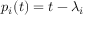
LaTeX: p _ { i } ( t ) = t - \lambda _ { i }